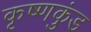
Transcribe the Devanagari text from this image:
कृष्णकुंड